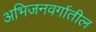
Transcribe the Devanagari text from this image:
अभिजनवर्गातील